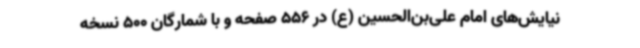
نیایش‌های امام علی‌بن‌الحسین (ع) در 556 صفحه و با شمارگان 500 نسخه